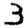
Digit: 3